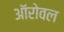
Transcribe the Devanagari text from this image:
ऑरोवल